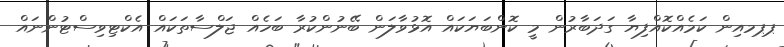
ޕޕމއިން ކަމެއްކޮއްފިޔާ ގަދަބާރުން މީ ކޮންބަޔަކައް އޮޅުވާލަން ބޭނުންކުރާ ބަހެއް ޖަލްސާތަކައް އެކްޓިވިސްޓުންނައް